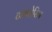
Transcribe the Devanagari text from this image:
टायरोसिन